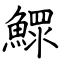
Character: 鰥